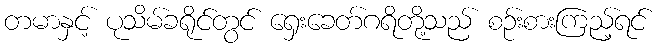
တမာနှင့် ပုသိမ်ခရိုင်တွင် ရှေးခေတ်ဂရိတို့သည် စဉ်းစားကြည့်ရင်